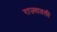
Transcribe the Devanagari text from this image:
राज्यातली